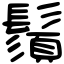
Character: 鬚